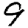
Digit: 9